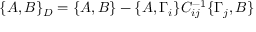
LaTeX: \{ A , B \} _ { D } = \{ A , B \} - \{ A , \Gamma _ { i } \} C _ { i j } ^ { - 1 } \{ \Gamma _ { j } , B \}